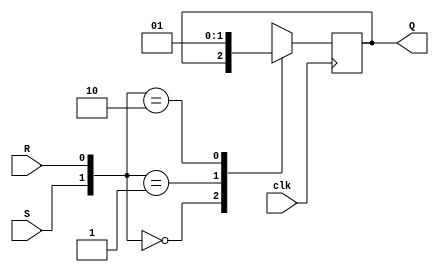
`timescale 1ns / 1ps
//////////////////////////////////////////////////////////////////////////////////

// ID          : N180116
//Branch       : ECE
//Project Name : RTL design using Verilog
//Design  Name : D FLIP FLOP USING SR FLIP FLOP --> SR TO D FF CONVERSION
//Module  Name : SR_FF
//RGUKT NUZVID 
//////////////////////////////////////////////////////////////////////////////////


module SR_FF(clk,S,R,Q);
input clk,S,R;
output reg Q=0;
always@(posedge clk) begin
     case({S,R})
        2'b00   :   Q<=Q;
        2'b01   :   Q<=1'b0;
        2'b10   :   Q<=1'b1;
        2'b11   :   Q<=1'bx;
    endcase
 end
endmodule